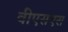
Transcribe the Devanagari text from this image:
वीएसएस